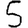
Digit: 5